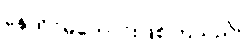
နေထိုင်မကောင်းဖြစ်ကြသည်။